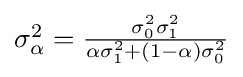
{\textstyle \sigma _{\alpha }^{2}={\frac {\sigma _{0}^{2}\sigma _{1}^{2}}{\alpha \sigma _{1}^{2}+(1-\alpha )\sigma _{0}^{2}}}}